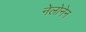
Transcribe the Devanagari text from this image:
नेलोनेन